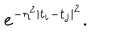
e ^ { - \eta ^ { 2 } \mid t _ { i } - t _ { j } \mid ^ { 2 } } .